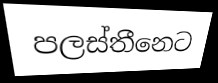
පලස්තීනෙට